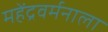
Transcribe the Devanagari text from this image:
महेंद्रवर्मनाला